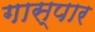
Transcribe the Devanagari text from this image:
गास्पार